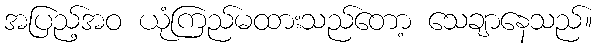
အပြည့်အဝ ယုံကြည်မထားသည်တော့ သေချာနေသည်။